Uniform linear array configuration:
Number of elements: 12
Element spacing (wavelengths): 0.5
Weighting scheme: kaiser
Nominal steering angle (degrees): -60
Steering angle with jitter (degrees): -59.85
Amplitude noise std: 0.05
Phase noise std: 0.05

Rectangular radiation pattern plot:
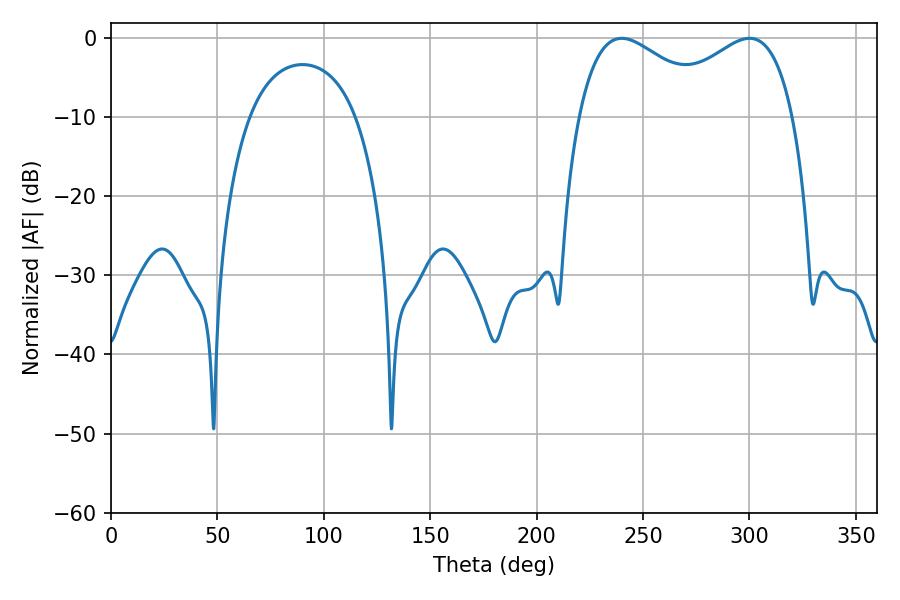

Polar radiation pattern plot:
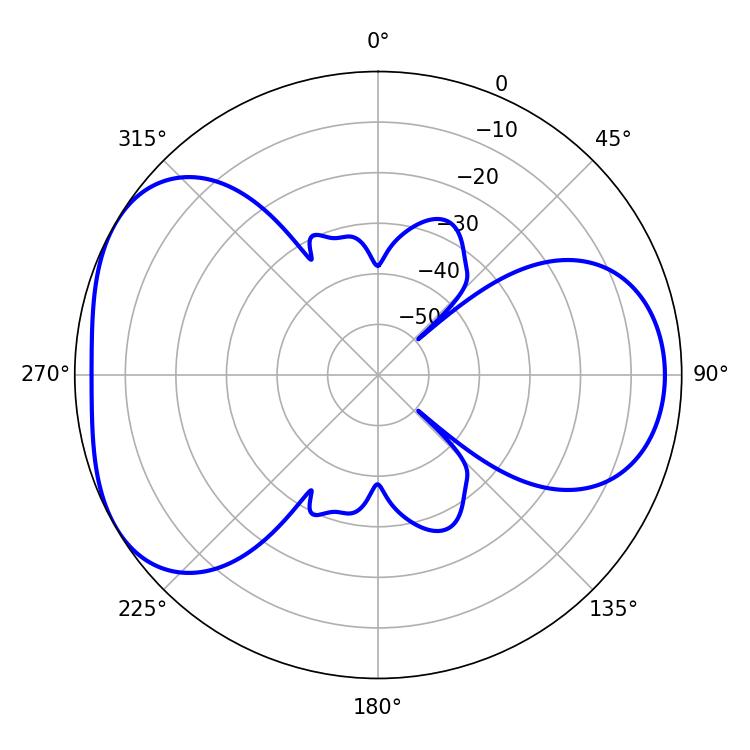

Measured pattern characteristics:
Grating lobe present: FALSE
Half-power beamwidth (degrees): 35.82
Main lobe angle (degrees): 239.94